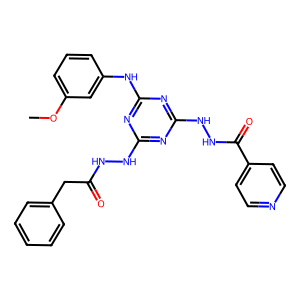
SMILES: COc1cccc(Nc2nc(NNC(=O)Cc3ccccc3)nc(NNC(=O)c3ccncc3)n2)c1
Inhibits HIV replication: No